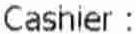
CASHIER :